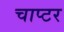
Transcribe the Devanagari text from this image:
चाप्टर